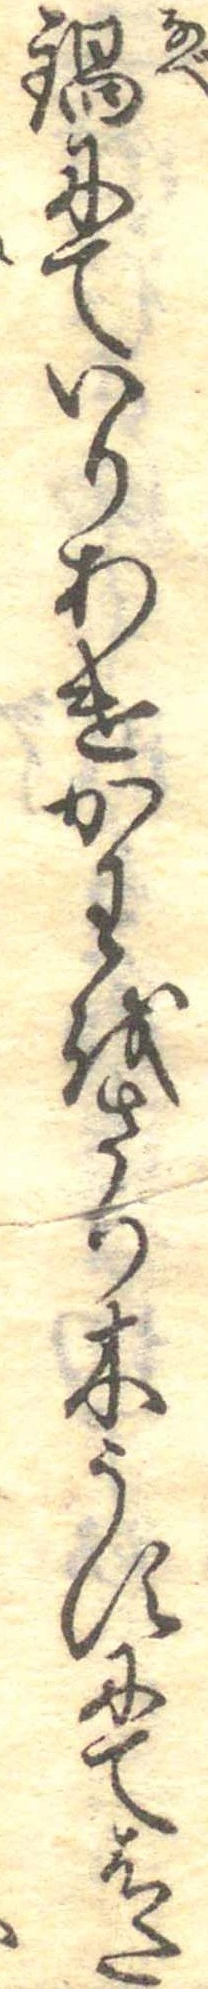
鍋にていりあけかわをさり木うすにてはた